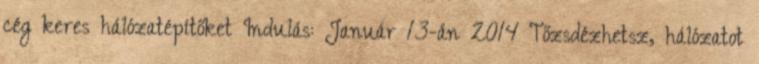
cég keres hálózatépítőket Indulás: Január 13-án 2014 Tőzsdézhetsz, hálózatot